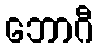
ဘောဂီ